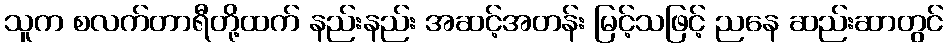
သူက စလက်တာရီတို့ထက် နည်းနည်း အဆင့်အတန်း မြင့်သဖြင့် ညနေ ဆည်းဆာတွင်